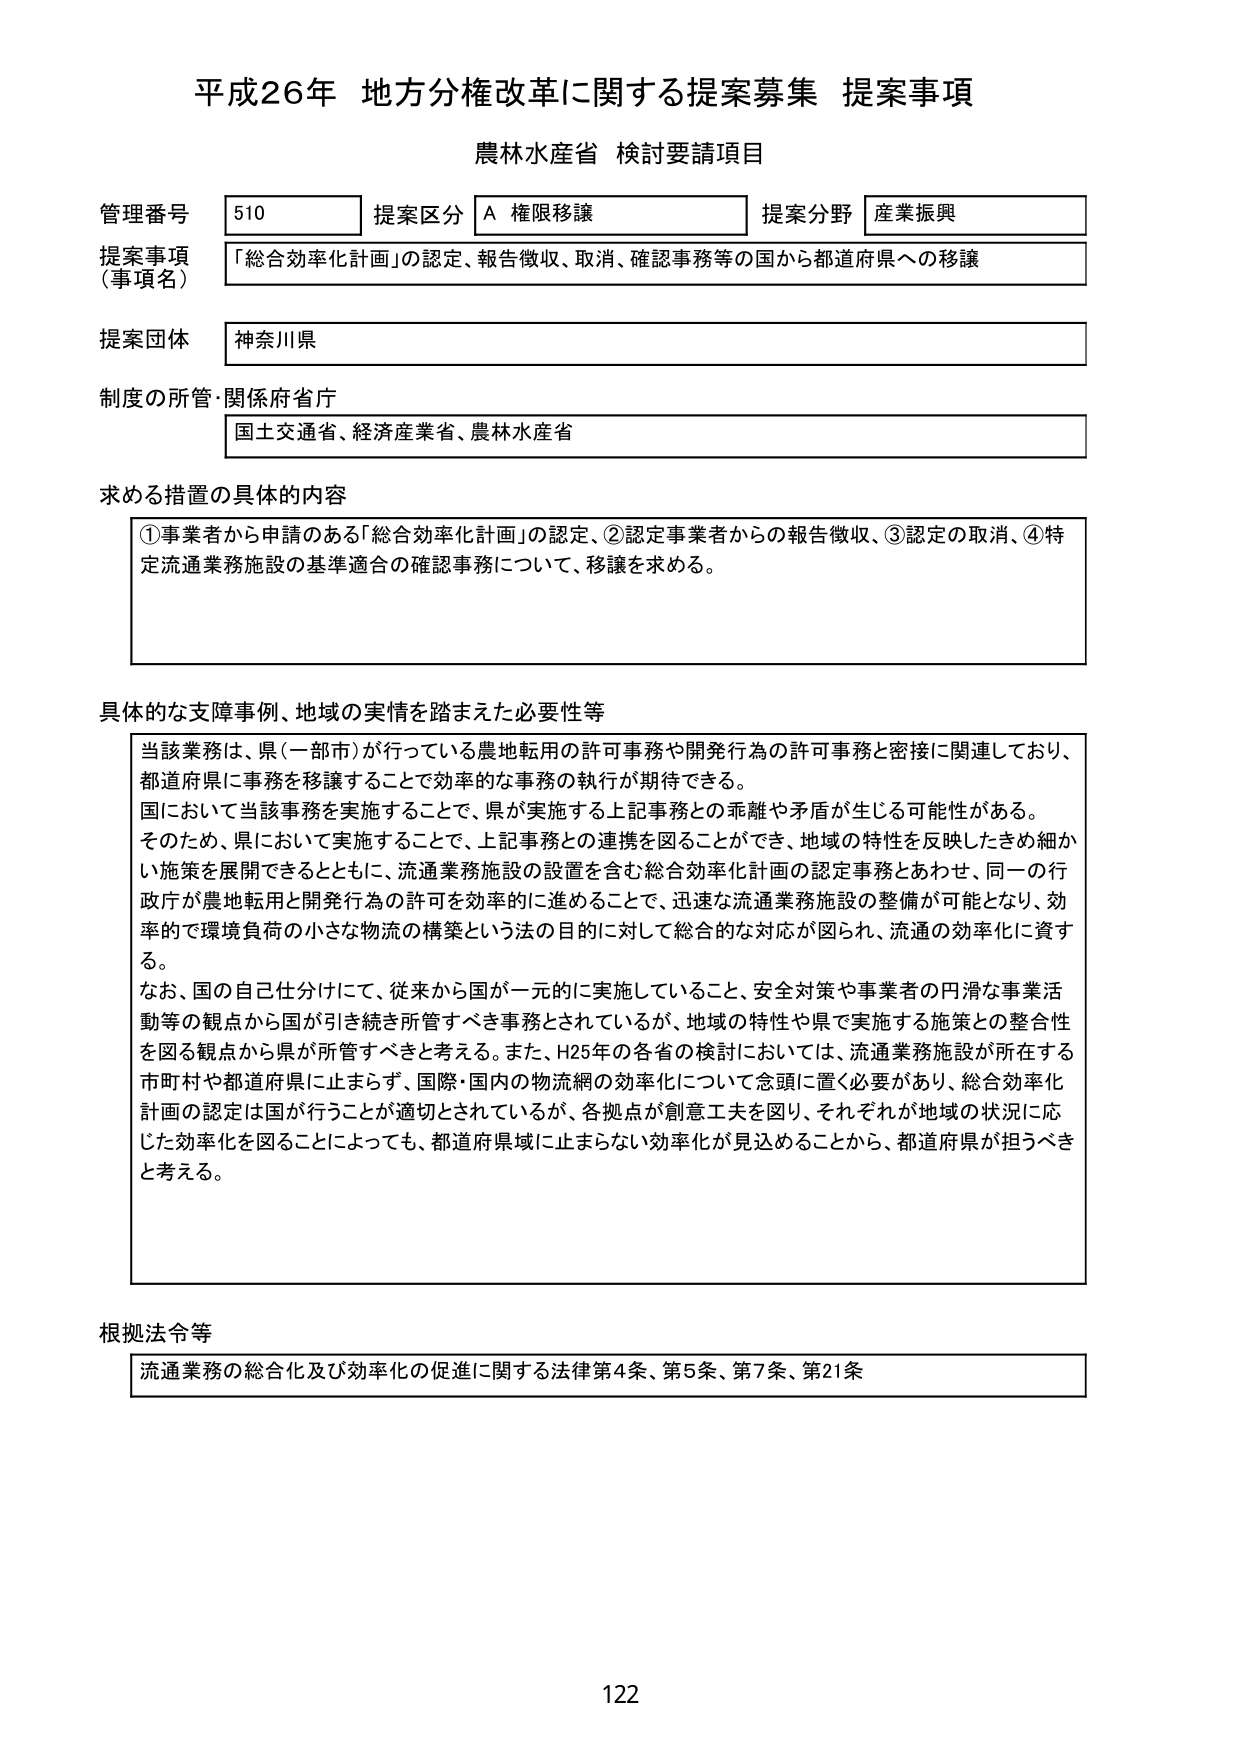
平成26年 地方分権改革に関する提案募集 提案事項
農林水産省 検討要請項目

管理番号 510 提案区分 A 権限移譲 提案分野 産業振興
提案事項（事項名） 「総合効率化計画」の認定、報告徴収、取消、確認事務等の国から都道府県への移譲
提案団体 神奈川県
制度の所管・関係府省庁 国土交通省、経済産業省、農林水産省

求める措置の具体的内容
①事業者から申請のある「総合効率化計画」の認定、②認定事業者からの報告徴収、③認定の取消、④特定流通業務施設の基準適合の確認事務について、移譲を求める。

具体的な支障事例、地域の実情を踏まえた必要性等
当該業務は、県（一部市）が行っている農地転用の許可事務や開発行為の許可事務と密接に関連しており、都道府県に事務を移譲することで効率的な事務の執行が期待できる。
国において当該事務を実施することで、県が実施する上記事務との乖離や矛盾が生じる可能性がある。
そのため、県において実施することで、上記事務との連携を図ることができ、地域の特性を反映したきめ細かい施策を展開できるとともに、流通業務施設の設置を含む総合効率化計画の認定事務とあわせ、同一の行政庁が農地転用と開発行為の許可を効率的に進めることで、迅速な流通業務施設の整備が可能となり、効率的で環境負荷の小さな物流の構築という法の目的に対して総合的な対応が図られ、流通の効率化に資する。
なお、国の自己仕分けにて、従来から国が一元的に実施していること、安全対策や事業者の円滑な事業活動等の観点から国が引き続き所管すべき事務とされているが、地域の特性や県で実施する施策との整合性を図る観点から県が所管すべきと考える。また、H25年の各省の検討においては、流通業務施設が所在する市町村や都道府県に止まらず、国際・国内の物流網の効率化について念頭に置く必要があり、総合効率化計画の認定は国が行うことが適切とされているが、各拠点が創意工夫を図り、それぞれが地域の状況に応じた効率化を図ることによっても、都道府県域に止まらない効率化が見込めることから、都道府県が担うべきと考える。

根拠法令等
流通業務の総合化及び効率化の促進に関する法律第4条、第5条、第7条、第21条

122